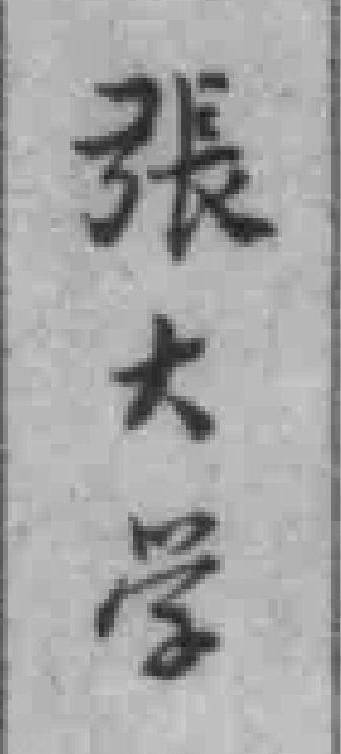
張大学